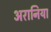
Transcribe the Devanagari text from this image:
अरानिया